Report of the Indian Hemp Drugs Commission, 1894-1895 - Volume VI
Year: 1894
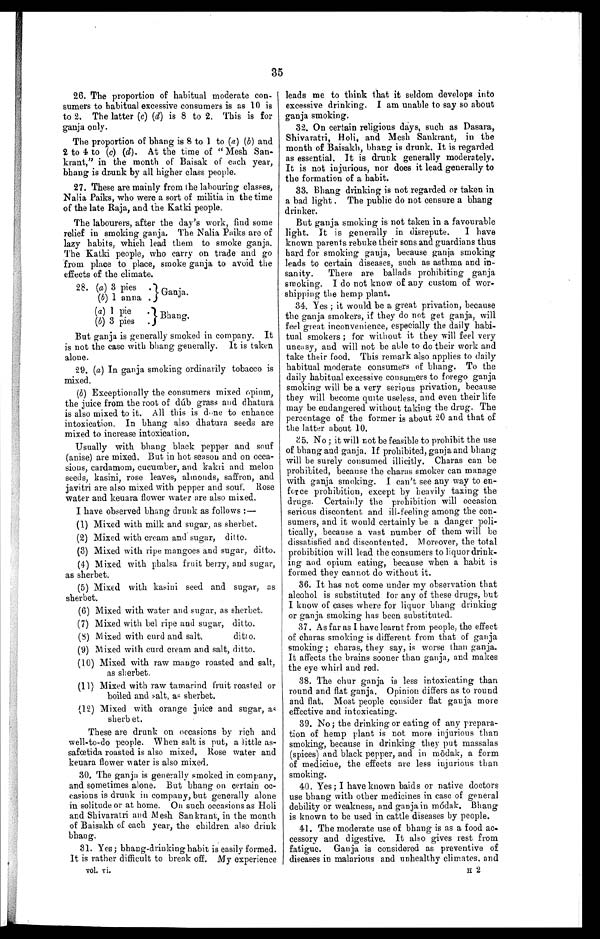
35
26. The proportion of habitual moderate con-
sumers to habitual excessive consumers is as 10 is
to 2. The latter ( c) (d) is 8 to 2. This is for
ganja only.
The proportion of bhang is 8 to 1 to ( a ) ( b ) and
2 to 4 to (c) (d). At the time of " Mesh San-
krant," in the month of Baisak of each year,
bhang is drunk by all higher class people.
27. These are mainly from the labouring classes,
Nalia Paiks, who were a sort of militia in the time
of the late Raja, and the Katki people.
The labourers, after the day's work, find some
relief in smoking ganja. The Nalia Paiks are of
lazy habits, which lead them to smoke ganja.
The Katki people, who carry on trade and go
from place to place, smoke ganja to avoid the
effects of the climate.
28. ( a ) 3 pies .Ganja.
(b) 1 anna
.
( a ) 1 pie .Bhang.
(b) 3 pies .
But ganja is generally smoked in company. It
is not the case with bhang generally. It is taken
alone.
29. ( a ) In ganja smoking ordinarily tobacco is
mixed.
(b) Exceptionally the consumers mixed opium,
the juice from the root of dúb grass and dhatura
is also mixed to it. All this is done to enhance
intoxication. In bhang also dhatura seeds are
mixed to increase intoxication.
Usually with bhang black pepper and souf
(anise) are mixed. But in hot season and on occa-
sions, cardamom, cucumber, and kakri and melon
seeds, kasini, rose leaves, almonds, saffron, and
javitri are also mixed with pepper and souf. Rose
water and keuara flower water are also mixed.
I have observed bhang drunk as follows :
—
(1) Mixed with milk and sugar, as sherbet.
(2) Mixed with cream and sugar, ditto.
(3) Mixed with ripe mangoes and sugar, ditto.
(4) Mixed with phalsa fruit berry, and sugar,
as sherbet.
(5) Mixed with kasini seed and sugar, as
sherbet.
(6) Mixed with water and sugar, as sherbet.
(7) Mixed with bel ripe and sugar, ditto.
(8)
Mixed with curd and salt, ditto.
(9) Mixed with curd cream and salt, ditto.
(10) Mixed with raw mango roasted and salt,
as sherbet.
(11) Mixed with raw tamarind fruit roasted or
boiled and salt, as sherbet.
(12) Mixed with orange juice and sugar, as
sherbet.
These are drunk on occasions by rich and
well-to-do people. When salt is put, a little as-
safœtida roasted is also mixed. Rose water and
keuara flower water is also mixed.
30. The ganja is generally smoked in company,
and sometimes alone. But bhang on certain oc-
casions is drunk in company, but generally alone
in solitude or at home. On such occasions as Holi
and Shivaratri and Mesh San krant, in the month
of Baisakh of each year, the children also drink
bhang.
31. Yes ; bhang-drinking habit is easily formed.
It is rather difficult to break off. My experience
vol. vi.
leads me to think that it seldom develops into
excessive drinking. I am unable to say so about
ganja smoking.
32. On certain religious days, such as Dasara,
Shivaratri, Holi, and Mesh Sankrant, in the
month of Baisakh, bhang is drunk. It is regarded
as essential. It is drunk generally moderately.
It is not injurious, nor does it lead generally to
the formation of a habit.
33.
Bhang drinking is not regarded or taken in
a bad light . The public do not censure a bhang
drinker.
But ganja smoking is not taken in a favourable
light. It is generally in disrepute. I have
known parents rebuke their sons and guardians thus
hard for smoking ganja, because ganja smoking
leads to certain diseases, such as asthma and in-
sanity. There are ballads prohibiting ganja
smoking. I do not know of any custom of wor-
shipping the hemp plant.
34. Yes ; it would be a great privation, because
the ganja smokers, if they do not get ganja, will
feel great inconvenience, especially the daily habi-
tual smokers ; for without it they will feel very
uneasy, and will not be able to do their work and
take their food. This remark also applies to daily
habitual moderate consumers of bhang. To the
daily habitual excessive consumers to forego ganja
smoking will be a very serious privation, because
they will become quite useless, and even their life
may be endangered without taking the drug. The
percentage of the former is about 20 and that of
the latter about 10.
35. No ; it will not be feasible to prohibit the use
of bhang and ganja. If prohibited, ganja and bhang
will be surely consumed illicitly. Charas can be
prohibited, because the charas smoker can manage
with ganja smoking. I can't see any way to en-
force prohibition, except by heavily taxing the
drugs. Certainly the prohibition will occasion
serious discontent and ill-feeling among the con-
sumers, and it would certainly be a danger poli-
tically, because a vast number of them will be
dissatisfied and discontented. Moreover, the total
prohibition will lead the consumers to liquor drink-
ing and opium eating, because when a habit is
formed they cannot do without it.
36. It has not come under my observation that
alcohol is substituted for any of these drugs, but
I know of cases where for liquor bhang drinking
or ganja smoking has been substituted.
37. As far as I have learnt from people, the effect
of charas smoking is different from that of ganja
smoking ; charas, they say, is worse than ganja.
It affects the brains sooner than ganja, and makes
the eye whirl and red.
38. The chur ganja is less intoxicating than
round and flat ganja. Opinion differs as to round
and flat. Most people consider flat ganja more
effective and intoxicating.
39. No; the drinking or eating of any prepara-
tion of hemp plant is not more injurious than
smoking, because in drinking they put massalas
(spices) and black pepper, and in m ōdak, a form
of medicine, the effects are less injurious than
smoking.
40. Yes ; I have known baids or native doctors
use bhang with other medicines in case of general
debility or weakness, and ganja in módak, Bhang
is known to be used in cattle diseases by people.
41. The moderate use of bhang is as a food ac-
cessory and digestive. It also gives rest from
fatigue. Ganja is considered as preventive of
diseases in malarious and unhealthy climates, and
H 2